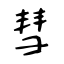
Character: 彗